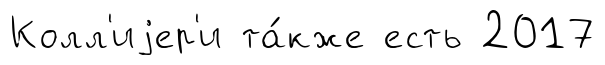
Колл'иjер'и та́кже есть 2017